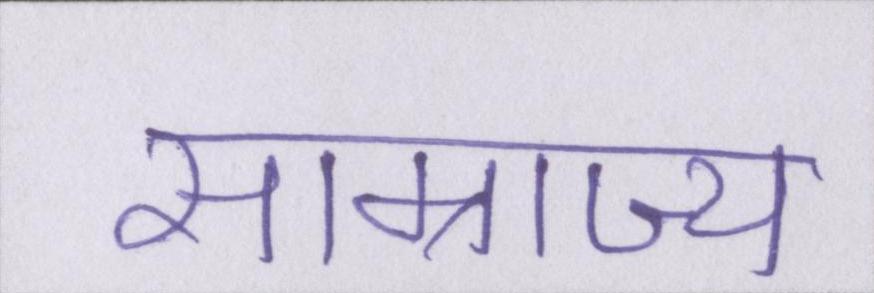
साम्राज्य